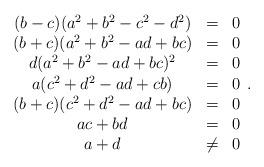
LaTeX: \begin{align*} \begin{array}{ccc} (b-c)(a^2+b^2-c^2-d^2) & = & 0 \\ (b+c)(a^2+b^2-ad+bc) & = & 0 \\ d(a^2+b^2-ad+bc)^2 & = & 0\\ a(c^2+d^2-ad+cb)&=&0\\ (b+c)(c^2+d^2-ad+bc)&=&0\\ ac+bd&=&0\\ a+d&\neq&0 \end{array}.\end{align*}